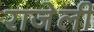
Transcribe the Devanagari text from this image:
राजेली